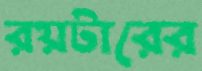
রয়টারের